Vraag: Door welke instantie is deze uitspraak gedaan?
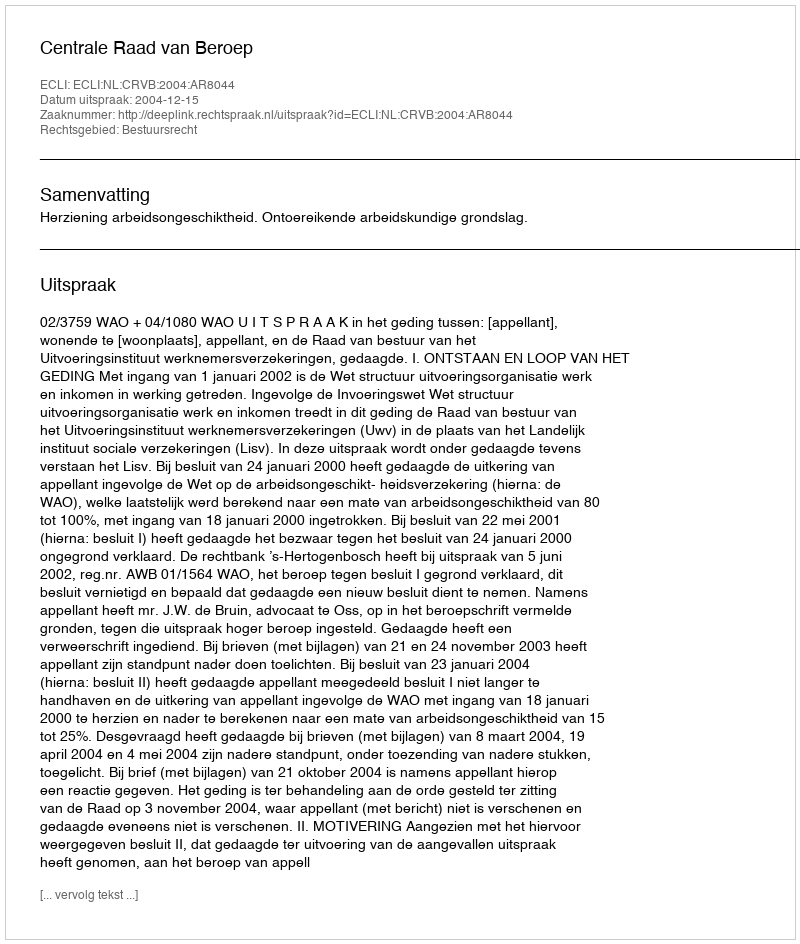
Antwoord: Centrale Raad van Beroep